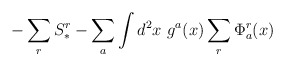
\begin{align*}{ - \sum_r S_*^r - \sum_a \int d^2 x~ g^a(x)\sum_r\Phi^r_a(x)}\end{align*}